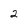
Character: 2